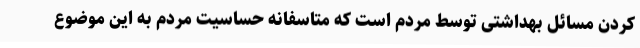
کردن مسائل بهداشتی توسط مردم است که متاسفانه حساسیت مردم به این موضوع